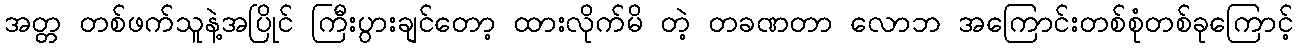
အတ္တ တစ်ဖက်သူနဲ့အပြိုင် ကြီးပွားချင်တော့ ထားလိုက်မိ တဲ့ တခဏတာ လောဘ အကြောင်းတစ်စုံတစ်ခုကြောင့်